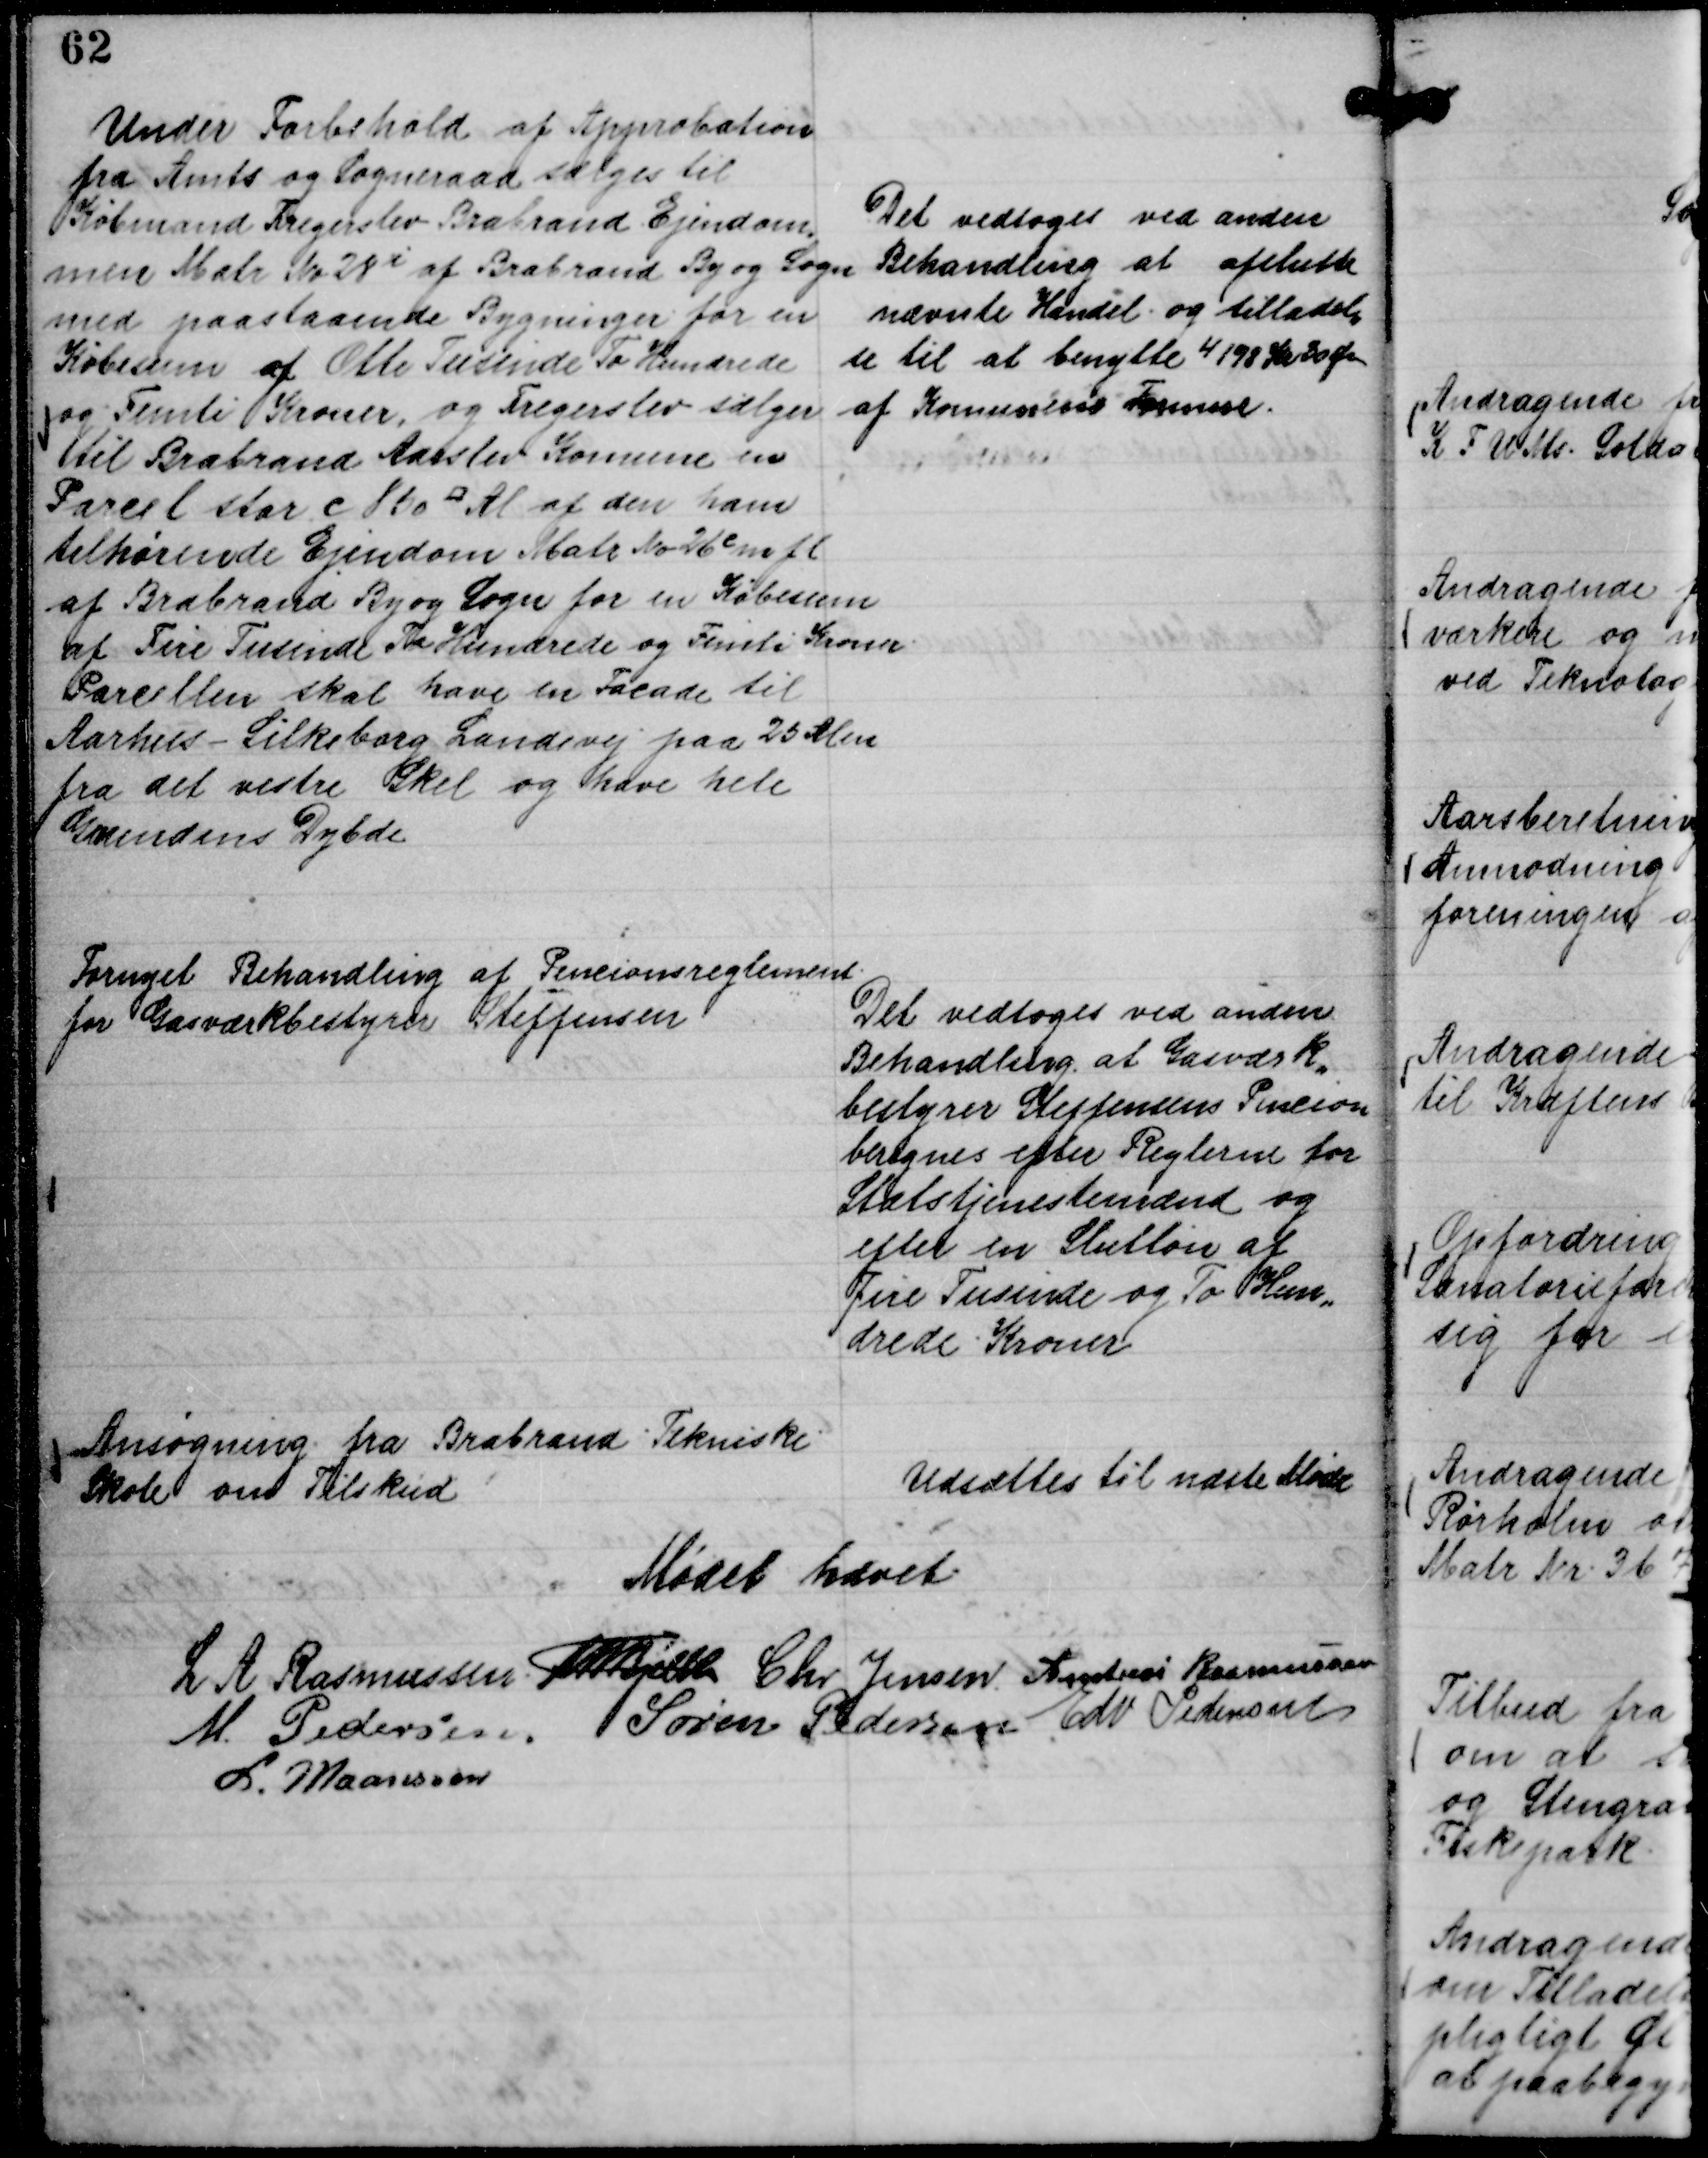
Transskription:
Under Fo,rbehold af Approbation
fra Amts og Sogneraad sælges til
Købmand Fregerslev Brabrand Ejendom,,
men Matr No 28 i af Brabrand By og Sogn
med paastaaende Bygninger for en
Købesum af Otte Tusinde To Hundrede
og Femti Kroner, og Fregeslev sælger
til Brabrand Aarslev Komune en
Parcel stor c 850 ¤ Al af den ham
tilhørende Ejendom Matr No 26 e m fl
af Brabrand By og Sogn for en Købesum
af Fire Tusinde To Hundrede og Femti Kroner.
Parcellen skal have en Facade til
Aarhus - Silkeborg Landevej paa 25 Alen
fra det vestre Skel og have hele
Grundens Dybde

Det vedtoges ved anden
Behandling at afslutte
nævnte Handel og tilladel,,
se til at benytte 4198 Kr 30 Øre
af Komunens Formue.

Fornyet Behandling af Pencionsreglment
for Gasværkbestyrer Steffensen

Det vedtoges ved anden
Behandling at Gasværk,,
bestyrer Steffensens Pencion
beregnes efter Reglerne for
Statstjenestemænd og
efter en Slutløn af
Fire Tusinde og To Hun,,
drede Kroner

Ansøgning fra Brabrand Tekniske
Skole om Tilskud

Udsættes til næste Møde

Mødet hævet
L A Rasmussen.
Th Bjelke
Chr Jensen.
Andreas Rasmussen
M Pedersen.
Søren Pedersen
Edv Pedersen
L. Maansson